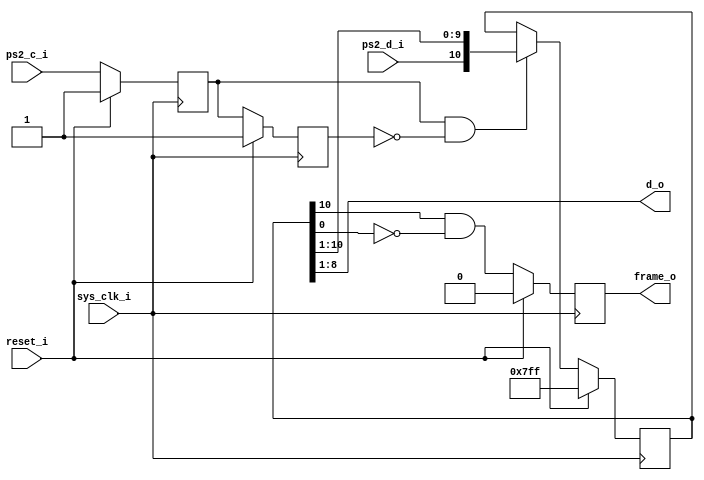
module M_uxa_ps2_shfreg(
    input ps2_d_i,
    input ps2_c_i,
    output [7:0] d_o,
    output frame_o,
    input reset_i,
    input sys_clk_i
);

	// The actual shift register sampling data on ps2_d_i.
	reg [10:0] data;

	// We want to sample the PS/2 data line on the rising edge
	// of the PS/2 clock.  We discover this event by ANDing the
	// current ps2_c_i state with its immediately previously
	// sampled value suitably inverted.
	reg curr_ps2_c;
	reg prev_ps2_c;
	wire sample_evt = curr_ps2_c & ~prev_ps2_c;

	// The d_o bus always reflects the state of the shift
	// register's data sub-field.
	assign d_o = data[8:1];

	// We have proper framing when our start bit is 0 and
	// our stop bit is 1.
	reg frame;
	assign frame_o = frame;

	always @(posedge sys_clk_i) begin
		if(!reset_i) begin
			prev_ps2_c <= curr_ps2_c;
			curr_ps2_c <= ps2_c_i;

			if(sample_evt)	data <= {ps2_d_i, data[10:1]};
			else				data <= data;
			
			frame <= data[10] & (~data[0]);
		end else begin
			data <= 11'h7FF;
			frame <= 0;
			prev_ps2_c <= 1;
			curr_ps2_c <= 1;
		end
	end
endmodule